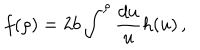
LaTeX: f ( \rho ) = 2 b \int ^ { \rho } \frac { d u } { u } h ( u ) \, ,